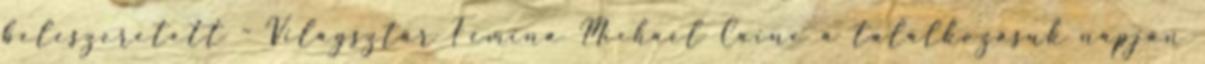
beleszeretett - Világsztár Femina Michael Caine a találkozásuk napján